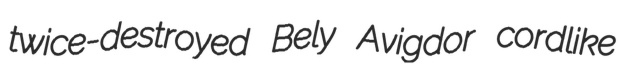
twice-destroyed Bely Avigdor cordlike